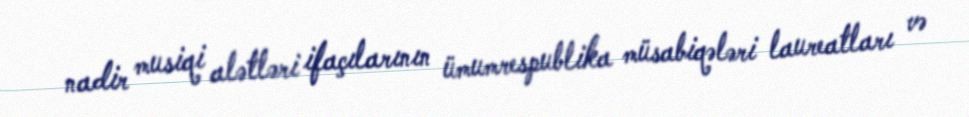
nadir musiqi alətləri ifaçılarının ümumrespublika müsabiqələri laureatları və